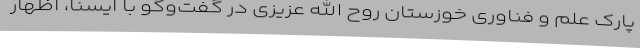
پارک علم و فناوری خوزستان روح الله عزیزی در گفت‌وگو با ایسنا، اظهار